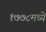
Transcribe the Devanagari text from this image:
१७७८मध्ये